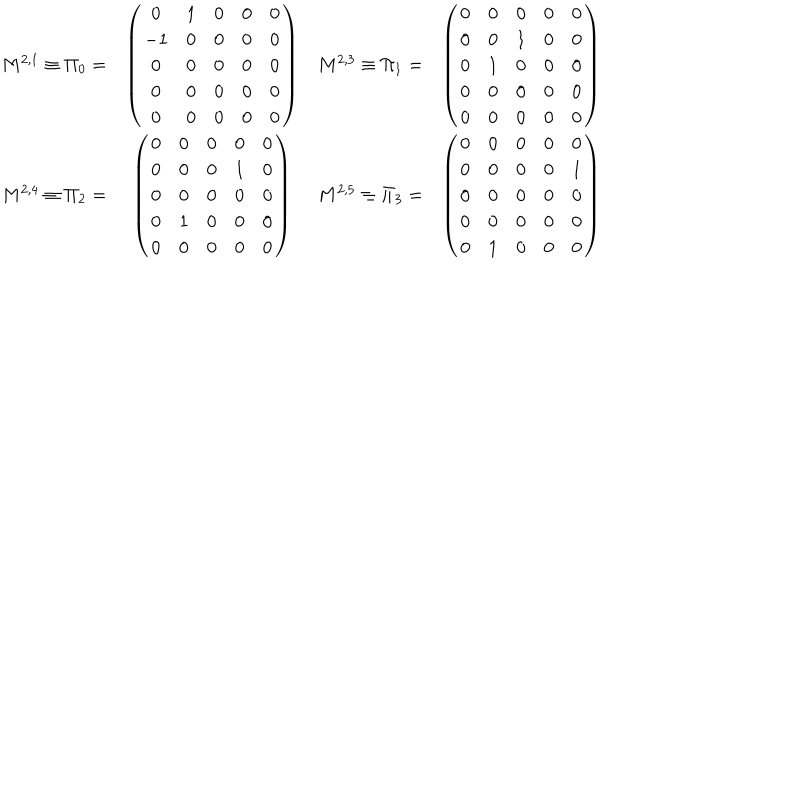
\begin{array} { c c c c } { { M ^ { 2 , 1 } \equiv \Pi _ { 0 } = } } & { { \left( \begin{matrix} { { 0 } } & { { 1 } } & { { 0 } } & { { 0 } } & { { 0 } } \\ { { - 1 } } & { { 0 } } & { { 0 } } & { { 0 } } & { { 0 } } \\ { { 0 } } & { { 0 } } & { { 0 } } & { { 0 } } & { { 0 } } \\ { { 0 } } & { { 0 } } & { { 0 } } & { { 0 } } & { { 0 } } \\ { { 0 } } & { { 0 } } & { { 0 } } & { { 0 } } & { { 0 } } \\ \end{matrix} \right) } } & { { M ^ { 2 , 3 } \equiv \Pi _ { 1 } = } } & { { \left( \begin{matrix} { { 0 } } & { { 0 } } & { { 0 } } & { { 0 } } & { { 0 } } \\ { { 0 } } & { { 0 } } & { { 1 } } & { { 0 } } & { { 0 } } \\ { { 0 } } & { { 1 } } & { { 0 } } & { { 0 } } & { { 0 } } \\ { { 0 } } & { { 0 } } & { { 0 } } & { { 0 } } & { { 0 } } \\ { { 0 } } & { { 0 } } & { { 0 } } & { { 0 } } & { { 0 } } \\ \end{matrix} \right) } } \\ { { M ^ { 2 , 4 } \equiv \Pi _ { 2 } = } } & { { \left( \begin{matrix} { { 0 } } & { { 0 } } & { { 0 } } & { { 0 } } & { { 0 } } \\ { { 0 } } & { { 0 } } & { { 0 } } & { { 1 } } & { { 0 } } \\ { { 0 } } & { { 0 } } & { { 0 } } & { { 0 } } & { { 0 } } \\ { { 0 } } & { { 1 } } & { { 0 } } & { { 0 } } & { { 0 } } \\ { { 0 } } & { { 0 } } & { { 0 } } & { { 0 } } & { { 0 } } \\ \end{matrix} \right) } } & { { M ^ { 2 , 5 } \equiv \Pi _ { 3 } = } } & { { \left( \begin{matrix} { { 0 } } & { { 0 } } & { { 0 } } & { { 0 } } & { { 0 } } \\ { { 0 } } & { { 0 } } & { { 0 } } & { { 0 } } & { { 1 } } \\ { { 0 } } & { { 0 } } & { { 0 } } & { { 0 } } & { { 0 } } \\ { { 0 } } & { { 0 } } & { { 0 } } & { { 0 } } & { { 0 } } \\ { { 0 } } & { { 1 } } & { { 0 } } & { { 0 } } & { { 0 } } \\ \end{matrix} \right) } } \\ \end{array}